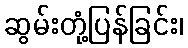
ဆွမ်းတုံ့ပြန်ခြင်း၊